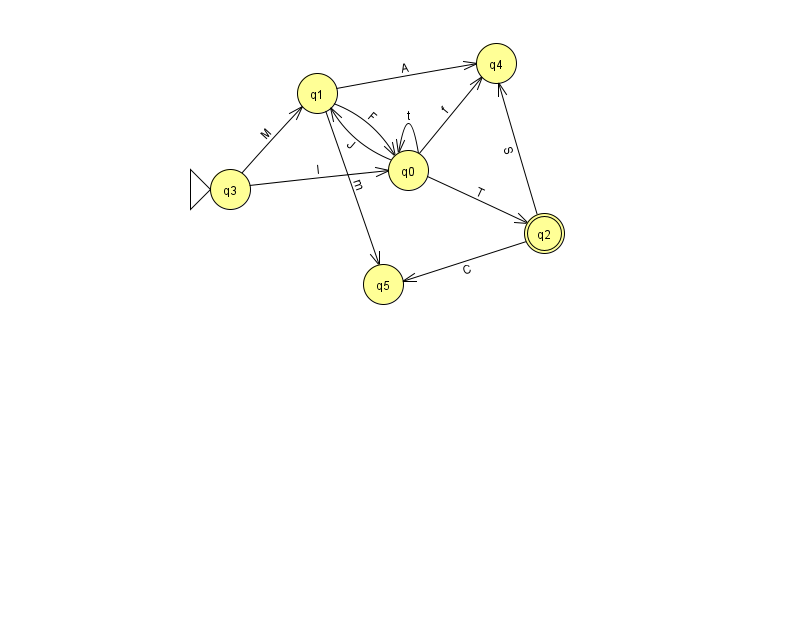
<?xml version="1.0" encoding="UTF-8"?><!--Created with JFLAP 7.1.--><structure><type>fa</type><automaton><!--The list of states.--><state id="0" name="q0"><x>408.0</x><y>157.0</y></state><state id="1" name="q1"><x>317.0</x><y>80.0</y></state><state id="2" name="q2"><x>544.0</x><y>220.0</y><final/></state><state id="3" name="q3"><x>230.0</x><y>176.0</y><initial/></state><state id="4" name="q4"><x>496.0</x><y>50.0</y></state><state id="5" name="q5"><x>383.0</x><y>271.0</y></state><!--The list of transitions.--><transition><from>0</from><to>4</to><read>f</read></transition><transition><from>1</from><to>5</to><read>m</read></transition><transition><from>0</from><to>2</to><read>T</read></transition><transition><from>2</from><to>4</to><read>S</read></transition><transition><from>0</from><to>0</to><read>t</read></transition><transition><from>1</from><to>0</to><read>F</read></transition><transition><from>1</from><to>4</to><read>A</read></transition><transition><from>3</from><to>1</to><read>M</read></transition><transition><from>2</from><to>5</to><read>C</read></transition><transition><from>0</from><to>1</to><read>J</read></transition><transition><from>3</from><to>0</to><read>I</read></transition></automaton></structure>